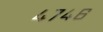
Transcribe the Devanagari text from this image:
४७४६